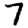
Digit: 7